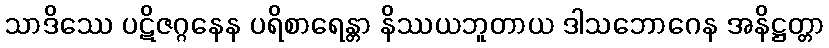
သာဒိဿေ ပဋိဇဂ္ဂနေန ပရိစာရေန္တာ နိဿယဘူတာယ ဒါသဘောဂေန အနိဋ္ဌတ္တာ